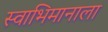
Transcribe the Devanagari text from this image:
स्वाभिमानाला